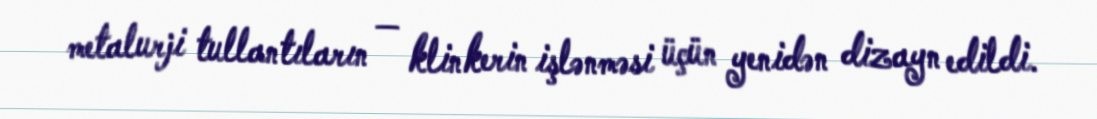
metalurji tullantıların — klinkerin işlənməsi üçün yenidən dizayn edildi.